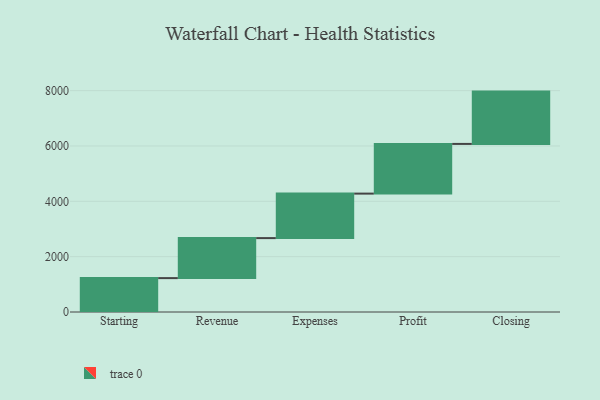
{"axis": {"x": "Step", "y": "Value"}, "legend": [""], "data": [{"x": "Starting", "y": 1225.0, "type": ""}, {"x": "Revenue", "y": 1446.0, "type": ""}, {"x": "Expenses", "y": 1608.0, "type": ""}, {"x": "Profit", "y": 1796.0, "type": ""}, {"x": "Closing", "y": 1891.0, "type": ""}]}